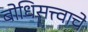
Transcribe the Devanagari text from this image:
बोधिसत्त्वाचे